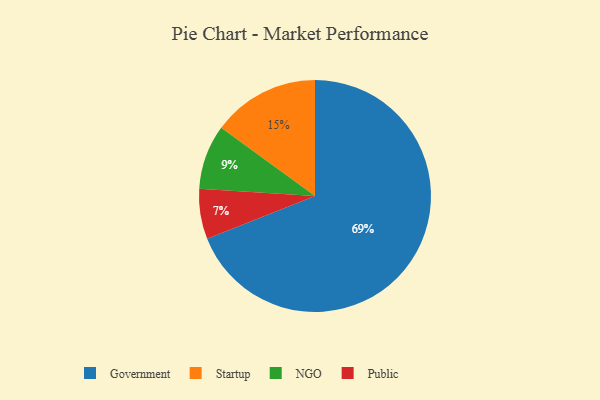
{"axis": {"x": "Category", "y": "Percentage"}, "legend": ["Government", "NGO", "Public", "Startup"], "data": [{"x": "Public", "y": 7, "type": "Public"}, {"x": "Startup", "y": 15, "type": "Startup"}, {"x": "NGO", "y": 9, "type": "NGO"}, {"x": "Government", "y": 69, "type": "Government"}]}